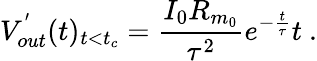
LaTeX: V_{out}^{'}(t)_{t<t_{c}}=\frac{I_{0}R_{m_{0}}}{\tau^{2}}e^{-\frac{t}{\tau}}t~.